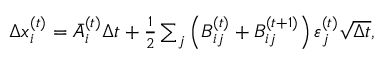
\begin{array} { r } { \Delta x _ { i } ^ { ( t ) } = \bar { A } _ { i } ^ { ( t ) } \Delta t + \frac { 1 } { 2 } \sum _ { j } \left( B _ { i j } ^ { ( t ) } + B _ { i j } ^ { ( t + 1 ) } \right) \varepsilon _ { j } ^ { ( t ) } \sqrt { \Delta t } , } \end{array}